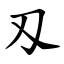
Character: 刄